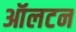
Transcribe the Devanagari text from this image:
ऑलटन